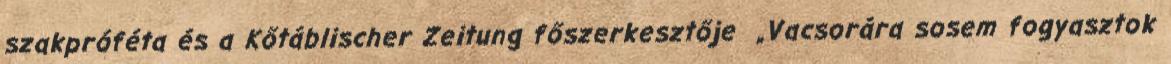
szakpróféta és a Kőtáblischer Zeitung főszerkesztője „Vacsorára sosem fogyasztok